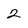
Character: 2